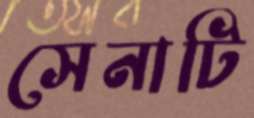
সেনাটি